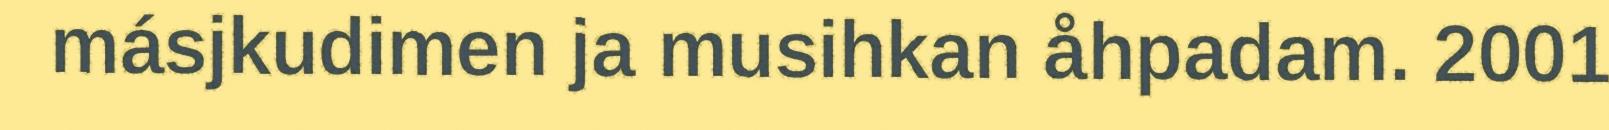
másjkudimen ja musihkan åhpadam. 2001